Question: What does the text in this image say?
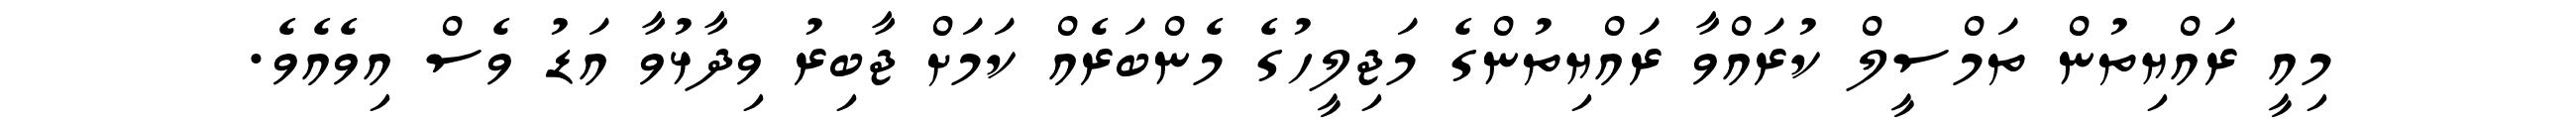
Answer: މިއީ ރައްޔިތުން ތަމްސީލް ކުރައްވާ ރައްޔިތުންގެ މަޖިލީހުގެ މެންބަރެއް ކަމަށް ޖާބިރު ވިދާޅުވާ އަޑު ވެސް އިވެއެވެ.